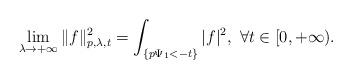
LaTeX: \begin{align*}\lim_{\lambda\rightarrow+\infty}\|f\|^2_{p,\lambda,t}=\int_{\{p\Psi_1<-t\}}|f|^2, \ \forall t\in [0,+\infty).\end{align*}